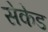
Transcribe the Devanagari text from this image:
सेकेड